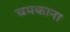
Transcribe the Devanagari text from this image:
चमकाना